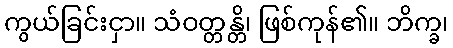
ကွယ်ခြင်းငှာ။ သံဝတ္တန္တိ၊ ဖြစ်ကုန်၏။ ဘိက္ခ၊